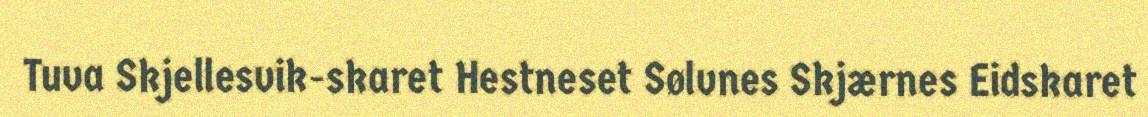
Tuva Skjellesvik-skaret Hestneset Sølvnes Skjærnes Eidskaret